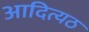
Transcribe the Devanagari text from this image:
आदित्यठ